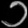
Digit: ၁